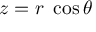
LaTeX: z = r ~ \cos \theta